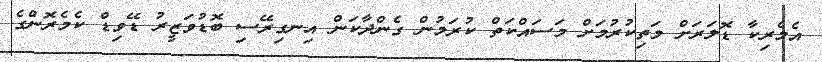
އެމެރިކާ ޑޮލަރަށް މަތިކުުރުމަށް މަސައްކަތް ކުރަމުން ގެންދާކަން އިނގިރޭސި ބޮޑުވަޒީރު ޑޭވިޑް ކެމެރޮންގެ